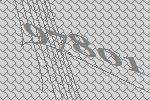
97801